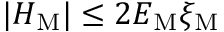
| { \cal H } _ { \mathrm { M } } | \leq 2 { \cal E } _ { \mathrm { M } } \xi _ { \mathrm { M } }